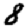
Digit: 8